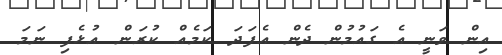
އިން ވަނީ އެ ގައުމުން ދެން އެފަދަ ކަމެއް ކުރަން އުޅެފި ނަމަ